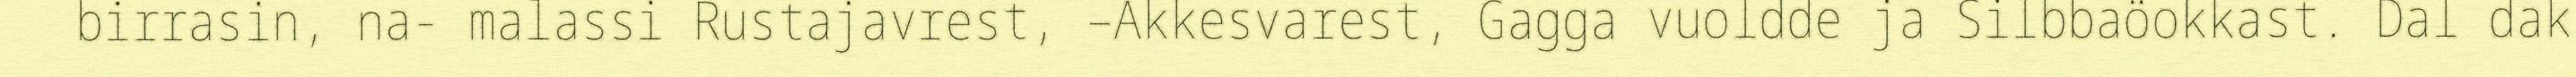
birrasin, na- malassi Rustajavrest, –Akkesvarest, Gagga vuoldde ja Silbbaöokkast. Dal dak